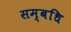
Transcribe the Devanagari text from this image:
सम्बधि